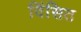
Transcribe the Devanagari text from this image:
विंसित